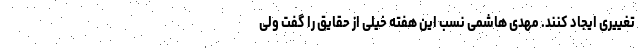
تغییری ایجاد کنند. مهدی هاشمی نسب این هفته خیلی از حقایق را گفت ولی